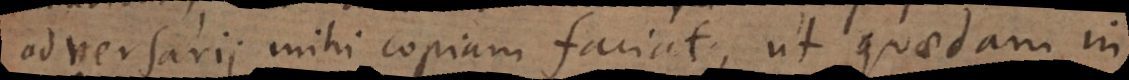
adversarii mihi copiam faciat, ut quaedam in